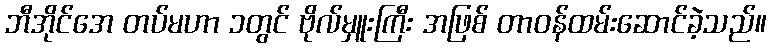
ဘီအိုင်အေ တပ်မဟာ ၁တွင် ဗိုလ်မှူးကြီး အဖြစ် တာဝန်ထမ်းဆောင်ခဲ့သည်။